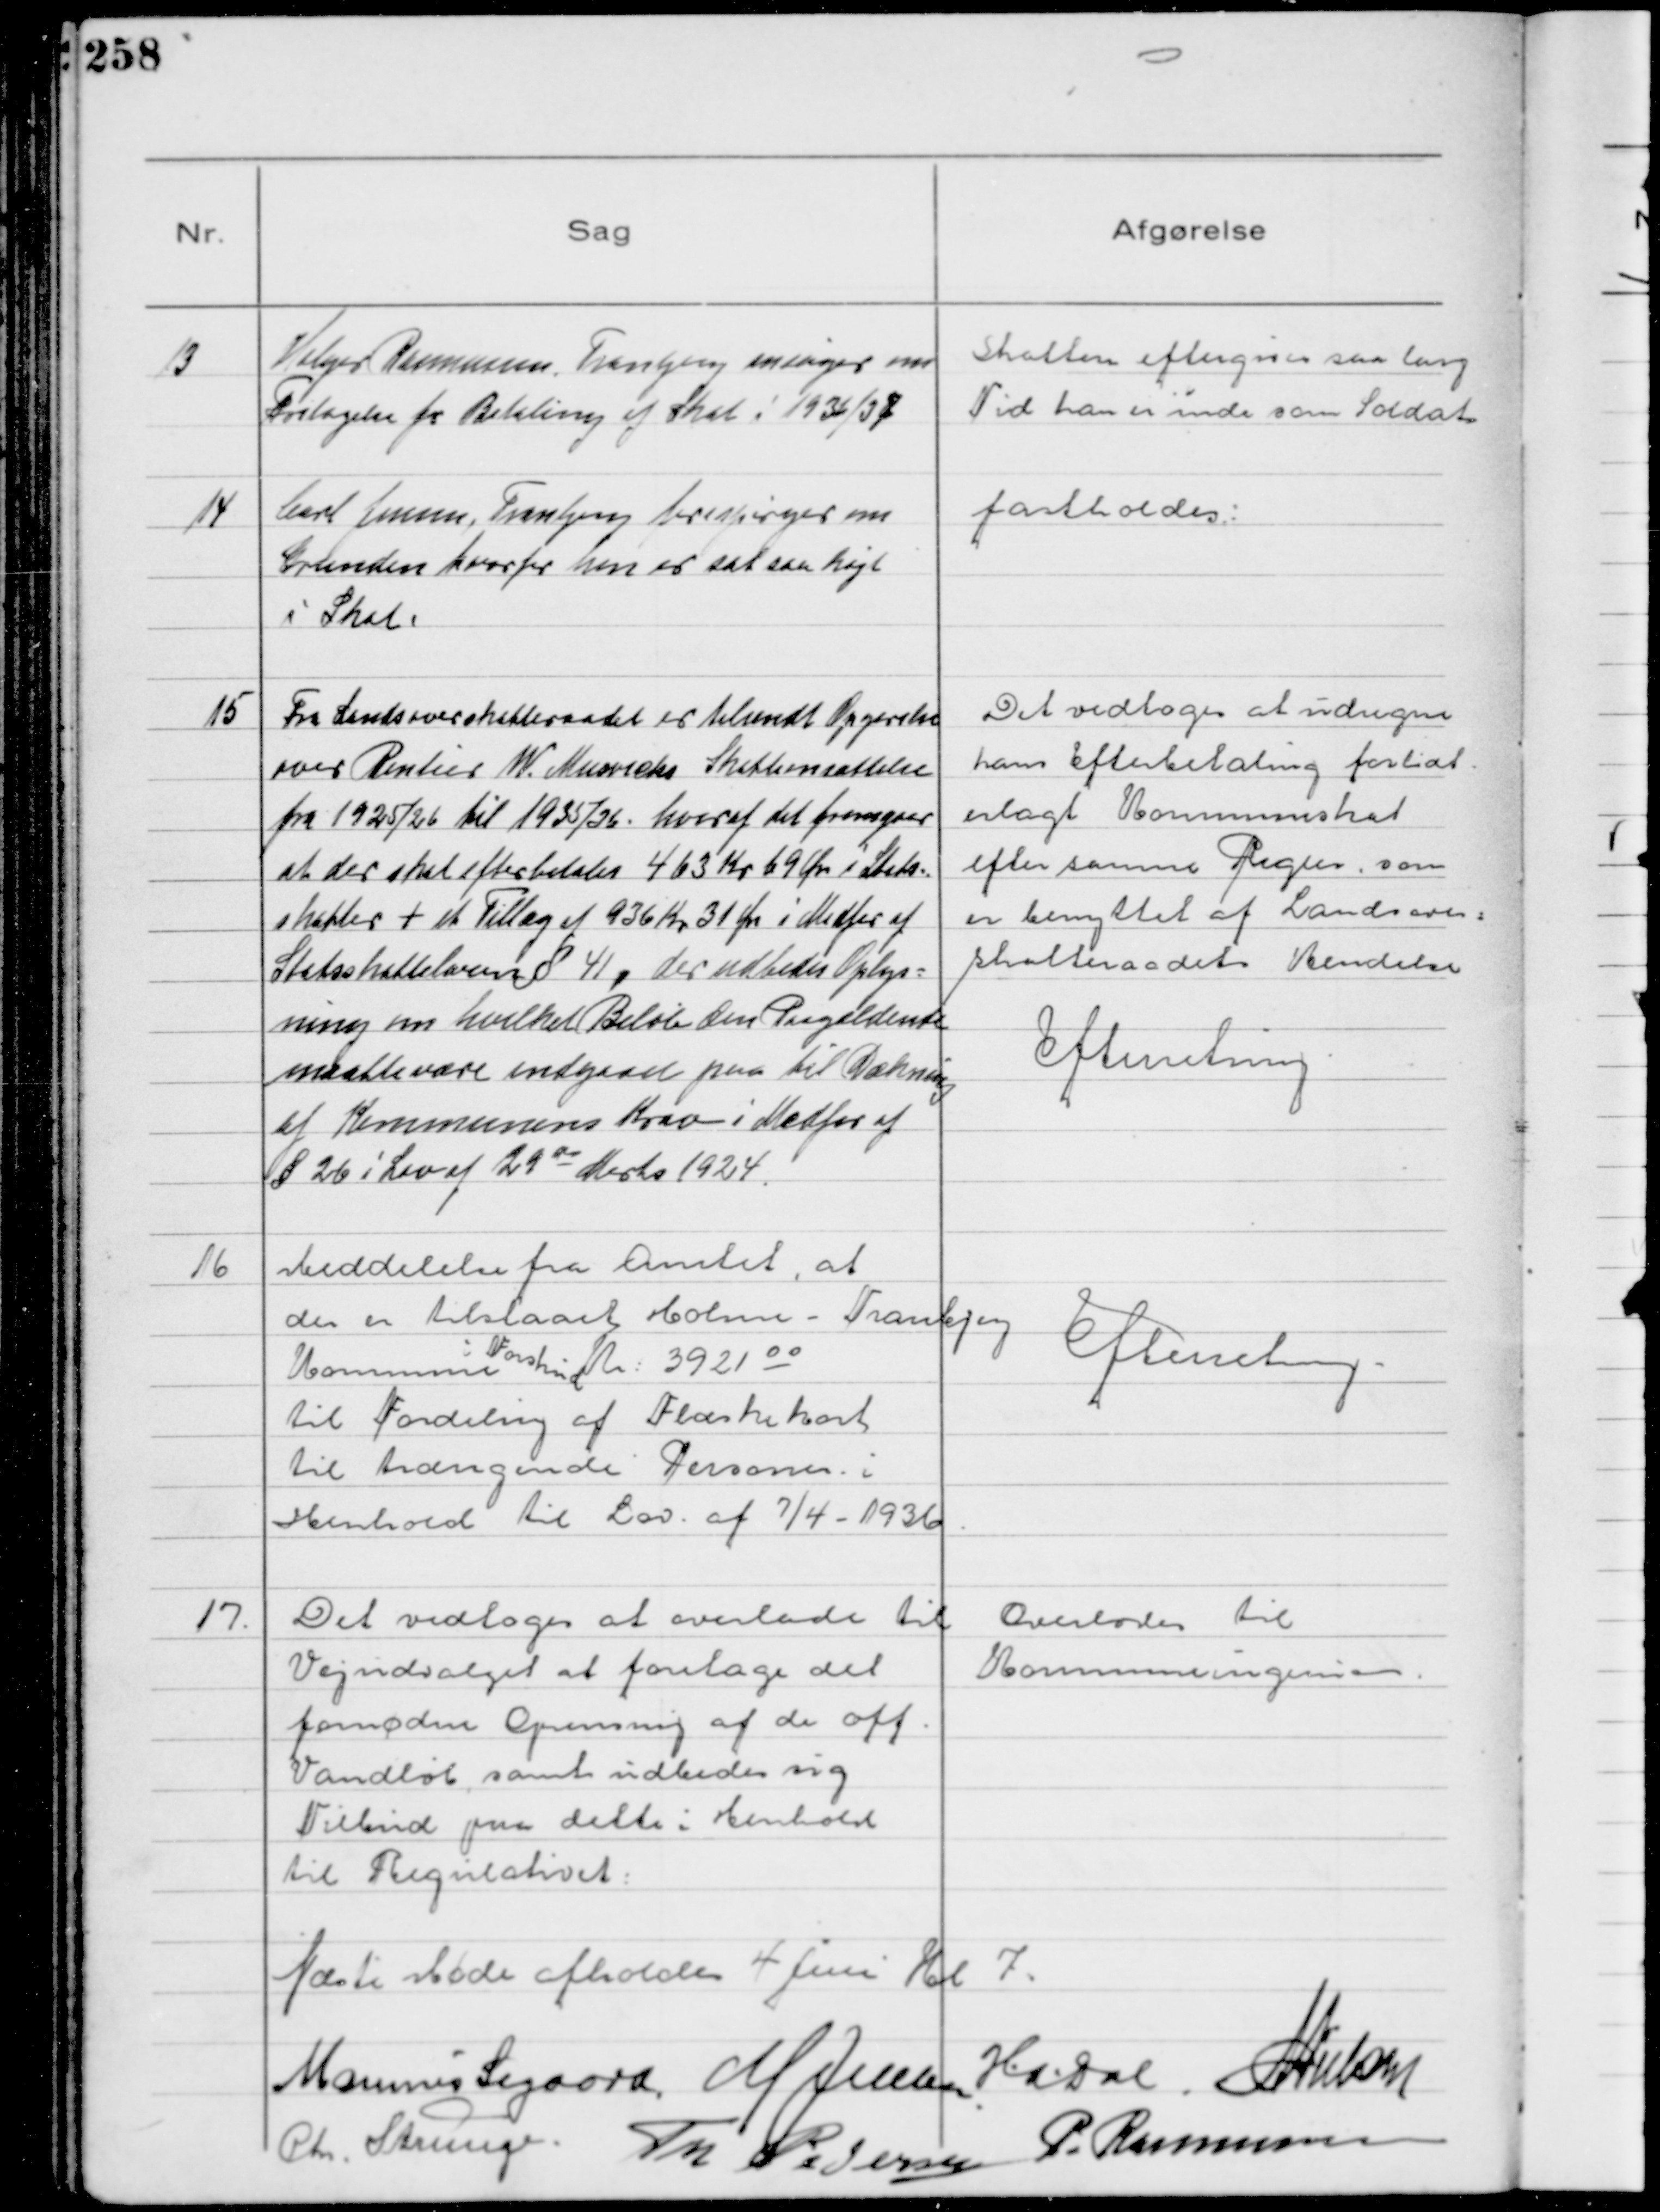
Transskription:
13
Holger Rasmussen, Tranbjerg ansøger om
Fritagelse for Betaling af Skat i 1936/37

Skatten eftergives saa lang
Tid han er inde som Soldat

14
Carl Jensen, Tranbjerg forespørger om
Grunden hvorfor han er sat saa højt
i Skat.

fastholdes

15
Fra Landsoverskatteraadet er tilsendt Opgørelse
over Rentier W. Murviecks Skatteansættelse
fra 1925/26 til 1935/36 hvoraf det fremgaar
at der skal efterbetales 463 Kr 69 Øre i Stats-
skatter + et Tillæg af 936 Kr 31 Øre i Medfør af
Statsskatteloven § 41, der udbedes Oplys-
ning om hvilket Beløb den Paagældende
maatte være indgaaet paa til Dækning
af Kommunens Krav i Medfør af
§ 26 i Lov af 29de Marts 1924

Det vedtoges at indregne
hans Efterbetaling for lidt
erlagt Kommuneskat
efter samme Regler som
er benyttet af Landsover-
skatteraadets Kendelse
Efterretning

16
Meddelelse fra Amtet, at
der er tilstaaet Holme-Tranbjerg
Kommune i Forskud Kr. 3921 00
til Fordeling af Flæskekort
til trængende Personer i
Henhold til Lov af 7/4-1936

Efterretning

17
Det vedtoges at overlade til
Vejudvalget at foretage det
fornødne Oprensning af de off.
Vandløb samt udbede sig
Tilbud paa dette i Henhold
til Regulativet.

Overlodes til
Kommuneingeniøren

Næste Møde afholdes 4 Juni Kl 7.
Marinus Sigaard M Jensen HADal NNielsen
Chr. Strunge Th Pedersen P. Rasmussen